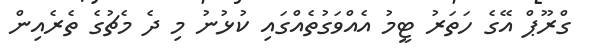
ގްރޫޕް އޭގެ ހަތަރު ޓީމު އެއްވަގުތެއްގައި ކުޅުނު މި ދެ މެޗުގެ ތެރެއިން